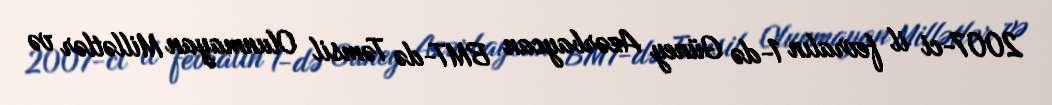
2007-ci il fevralın 1-də Güney Azərbaycan BMT-də Təmsil Olunmayan Millətlər və